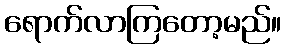
ရောက်လာကြတော့မည်။